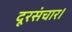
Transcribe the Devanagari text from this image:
दूरसंचार।